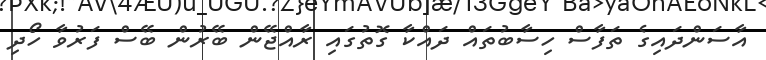
އާސަންދައިގެ ތަފާސް ހިސާބުތައް ދައްކާ ގޮތުގައި ރާއްޖޭން ބޭރުން ބޭސް ފަރުވާ ހޯދި